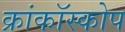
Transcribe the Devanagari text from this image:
क्रांकॉस्कोप